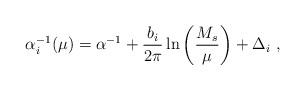
LaTeX: \begin{align*}\alpha_i^{-1}(\mu)=\alpha^{-1}+{b_i\over 2\pi}\ln\left({M_s\over\mu}\right)+\Delta_i~,\end{align*}